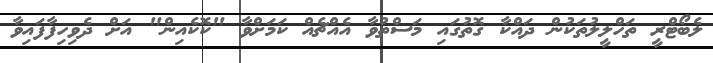
ލެބޯޓްރީ ތަހްލީލުތަކުން ދައްކާ ގޮތުގައި މަސްތުވާ އެއްޗެއް ކަމަށްވާ "ކޮކެއިން" އަށް ދެވިހިފާފައިވާ